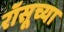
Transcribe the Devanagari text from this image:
रॉसूच्या